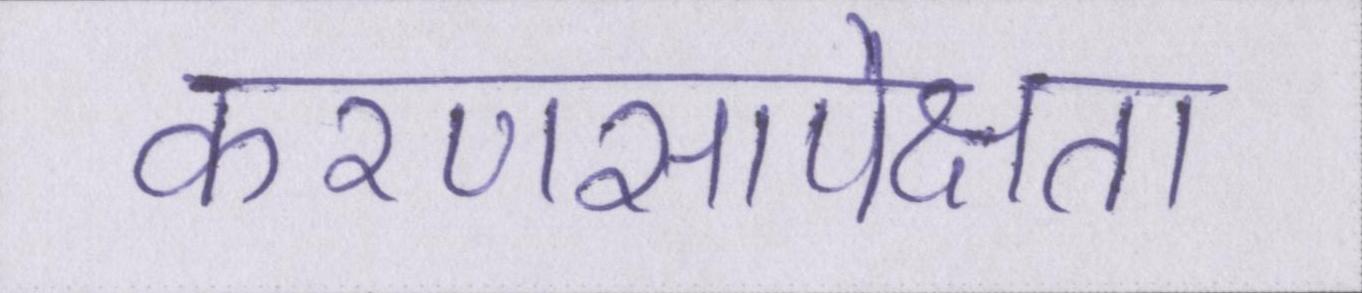
करणसापेक्षता